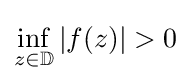
\inf _{z\in \mathbb {D} }|f(z)|>0